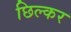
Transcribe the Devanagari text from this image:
छिल्कर